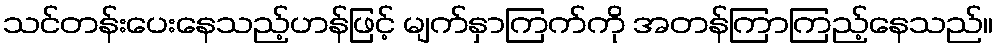
သင်တန်းပေးနေသည့်ဟန်ဖြင့် မျက်နှာကြက်ကို အတန်ကြာကြည့်နေသည်။